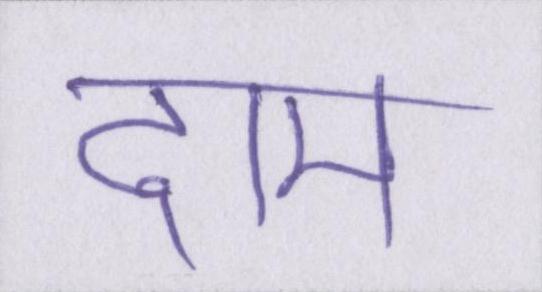
दाम